NAE_ERA_R-2324_Eesti_Vabariigi_Pohiseaduslik_Assamblee, lk 84
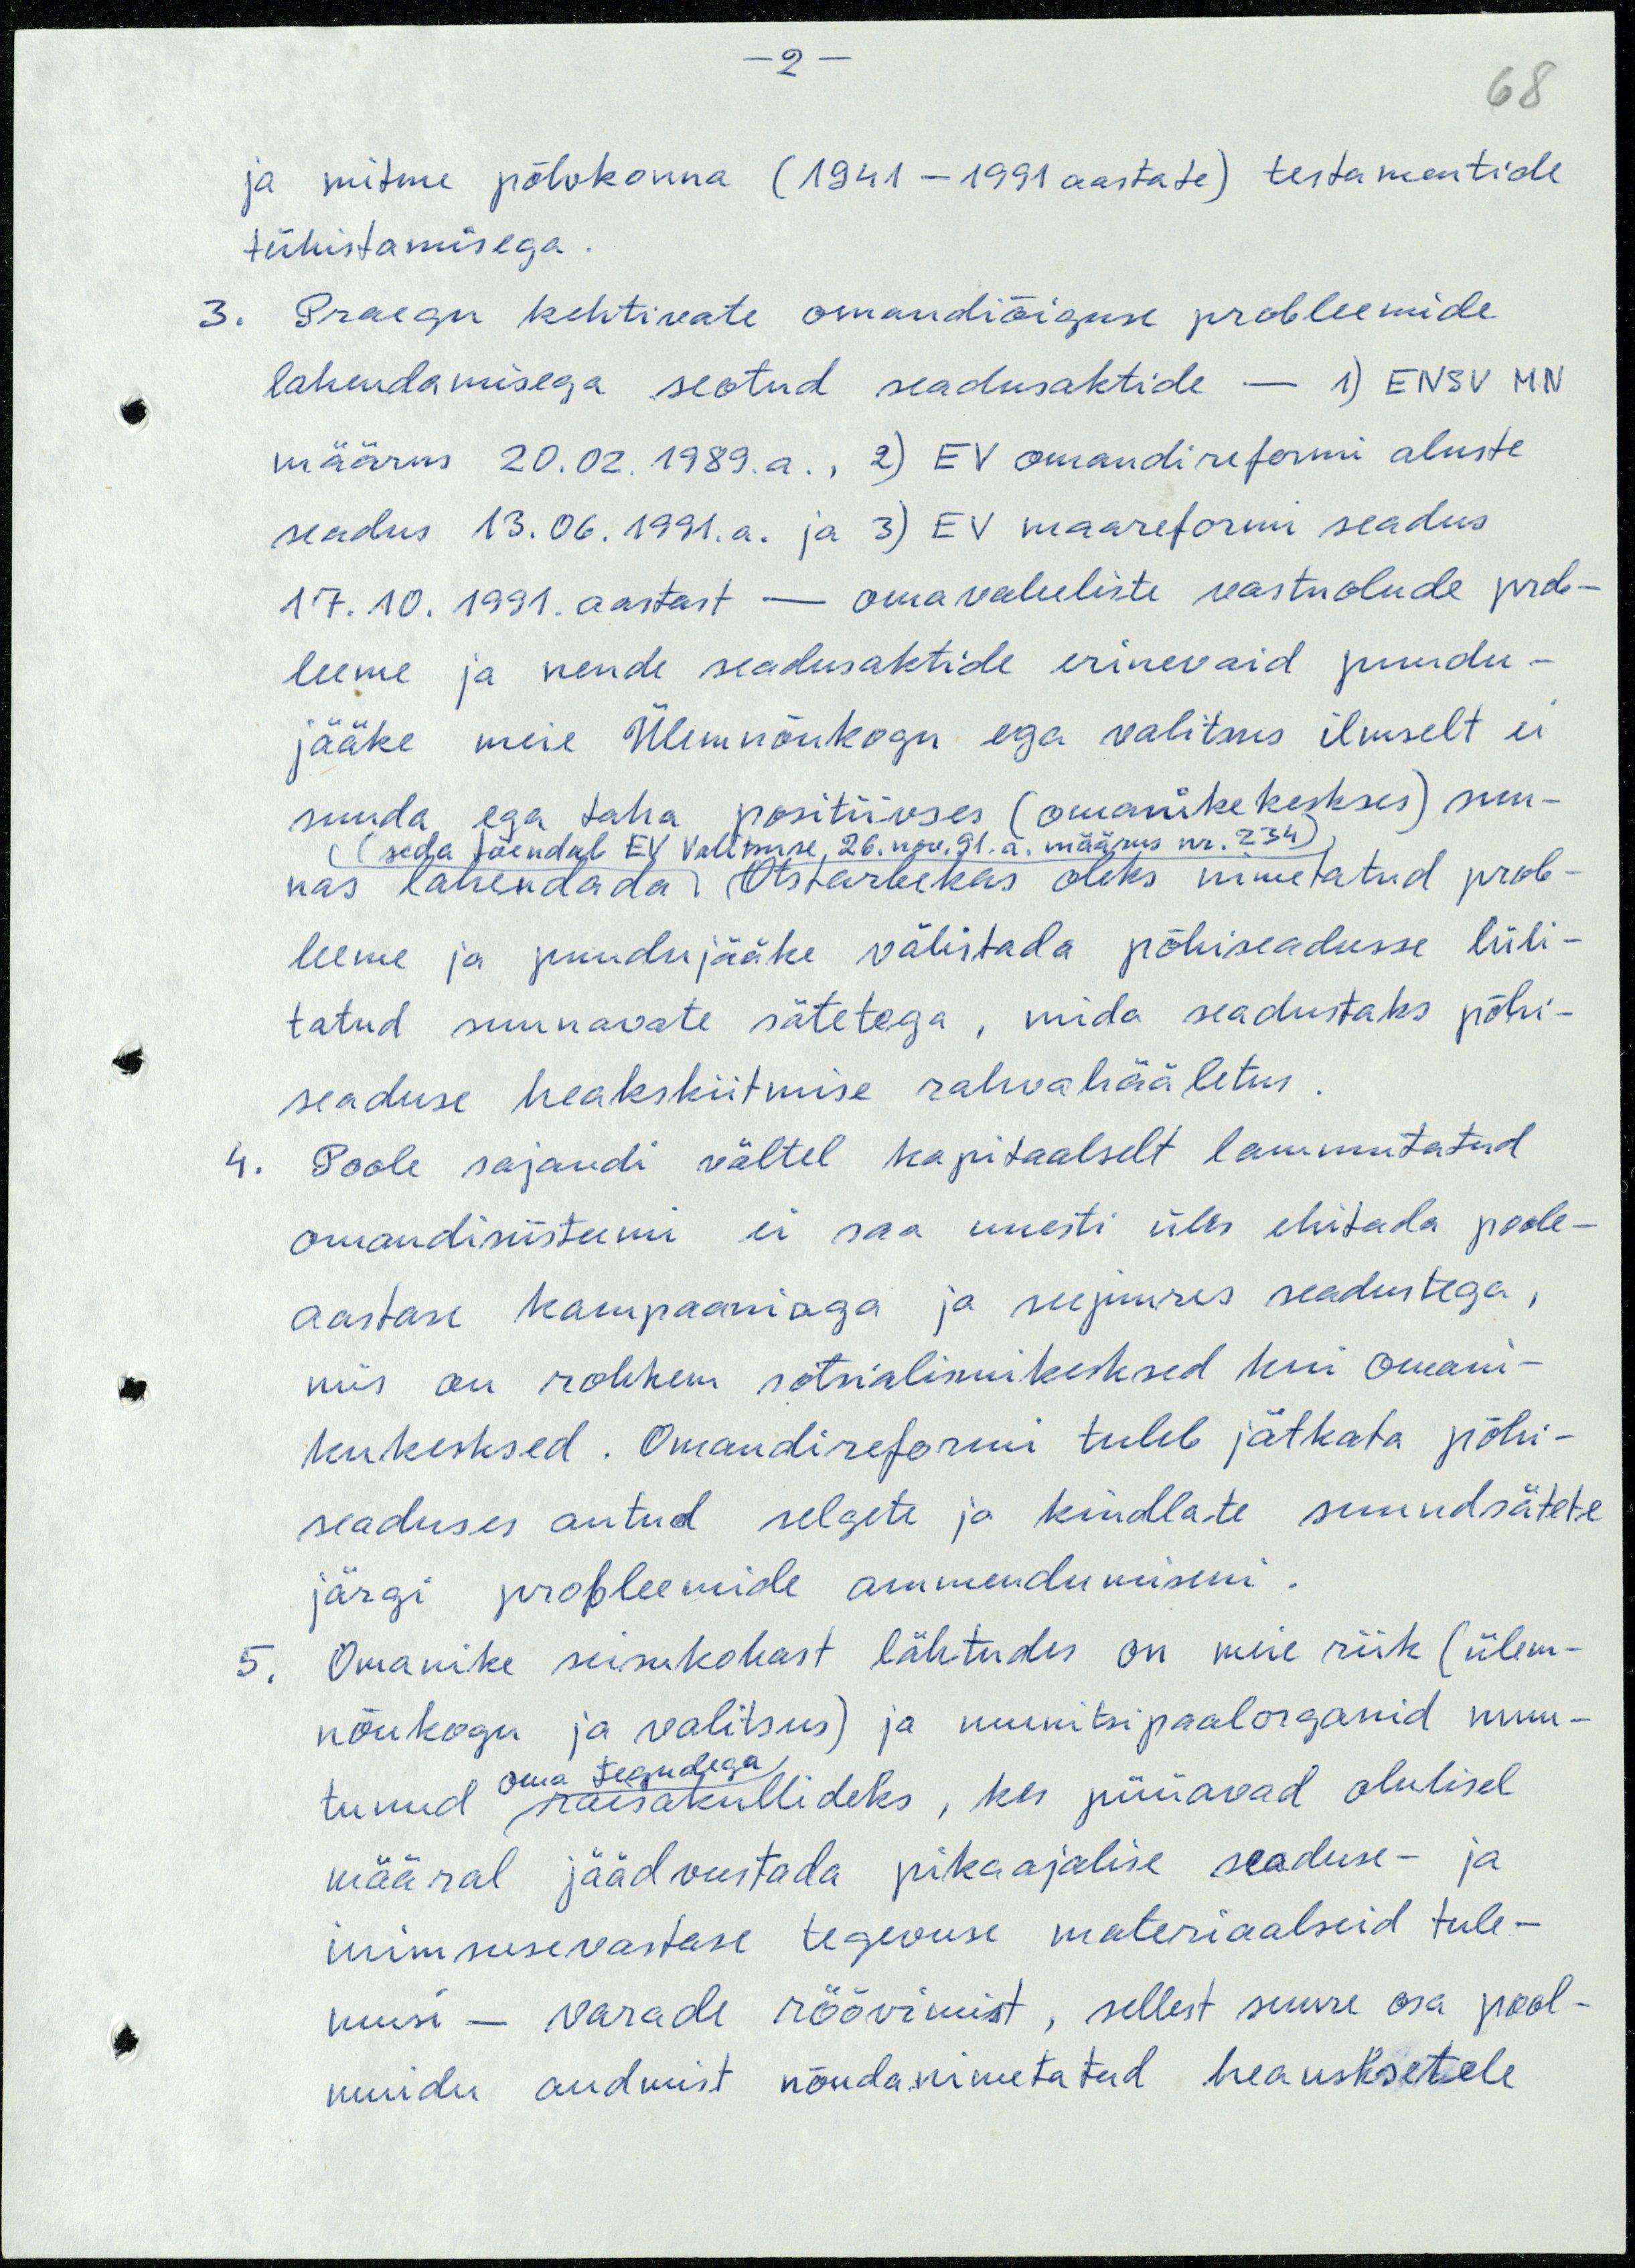
- 2 -
68
ja mitme põlvkonna (1941-1991 aastate) testamentide
tühistamisega.
3. Praegu kehtivate omandiõiguse probleemide
lahendamisega seotud seadusaktide - 1) ENSV MN
määrus 20.02.1989.a., 2) EV omandireformi aluste
seadus 13.06.1991.a. ja 3) EV maareformi seadus
17.10.1991. aastast - omavaheliste vastuolude prob-
leeme ja nende seadusaktide erinevaid puudu-
jääke meie Ülemnõukogu ega valitsus ilmselt ei
suuda ega taha positiivses (omanikekeskses) suu-
(seda tõendab EV Valitsuse 26. nov. 91.a. määrus nr. 234)
nas lahendada. Otstarbekas oleks nimetatud prob-
leeme ja puudujääke välistada põhiseadusse lüli-
tatud suunavate sätetega, mida seadustaks põhi-
seaduse heakskiitmise rahvahääletus.
4. Poole sajandi vältel kapitaalselt lammutatud
omandisüsteemi ei saa uuesti üles ehitada poole-
aastase kampaaniaga ja seejuures seadustega,
mis on rohkem sotsialismikesksed kui omani-
kukesksed. Omandireformi tuleb jätkata põhi-
seaduses antud selgete ja kindlate suundsätete
järgi probleemide ammendumiseni.
5. Omanike seisukohast lähtudes on meie riik (ülem-
nõukogu ja valitsus) ja munitsipaalorganid muu-
oma tegudega
tunud raisakullideks, kes püüavad olulisel
määral jäädvustada pikaajalise seaduse- ja
inimsusevastase tegevuse materiaalseid tule-
musi - varade röövimist, sellest suure osa pool-
muidu andmist nõndanimetatud heausksetele